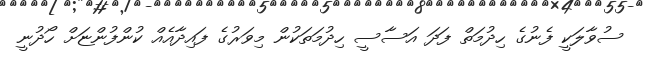
ސުވާލަކީ ފެނުގެ ހިދުމަތް ފަދަ އަސާސީ ހިދުމަތަކުން މިވަރުގެ ފައިދާއެއް ކުންފުންޏަށް ހޯދުނީ